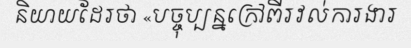
និយាយដែរថា «បច្ចុប្បន្នក្រៅពីរវល់ការងារ